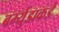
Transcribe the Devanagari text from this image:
बर्म्युडाकडे